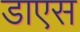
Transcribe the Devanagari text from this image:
डाएस